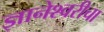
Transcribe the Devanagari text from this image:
ज्ञानेश्‍वरीचा